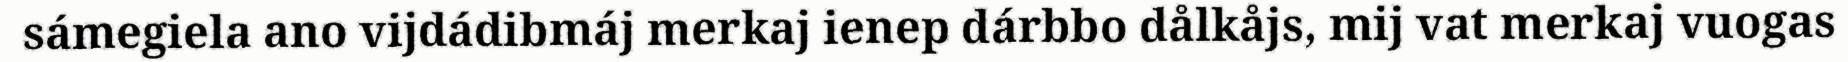
sámegiela ano vijdádibmáj merkaj ienep dárbbo dålkåjs, mij vat merkaj vuogas